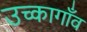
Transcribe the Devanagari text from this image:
उच्कागाँव